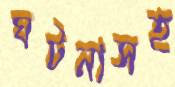
ঘটনাসহ